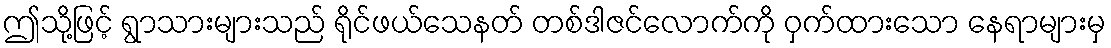
ဤသို့ဖြင့် ရွာသားများသည် ရိုင်ဖယ်သေနတ် တစ်ဒါဇင်လောက်ကို ဝှက်ထားသော နေရာများမှ